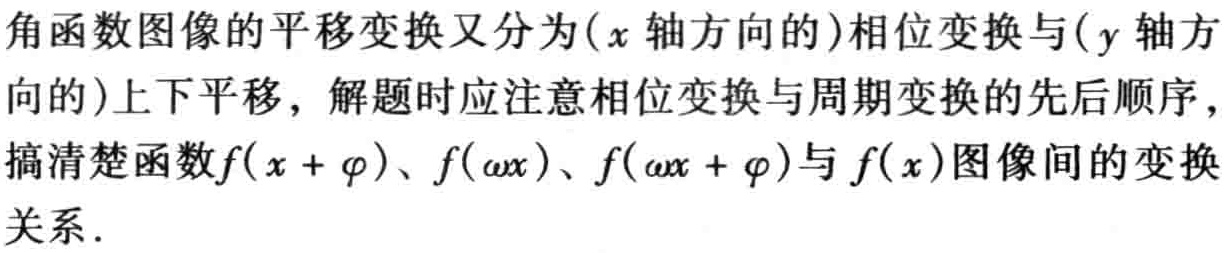
角函数图像的平移变换又分为\((x\)轴方向的\()\)相位变换与\((y\)轴方向的\()\)上下平移，解题时应注意相位变换与周期变换的先后顺序，搞清楚函数\(f(x + \varphi)\)、\(f(\omega x)\)、\(f(\omega x + \varphi)\)与\(f(x)\)图像间的变换关系.